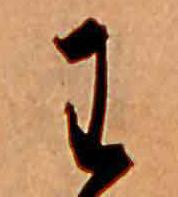
わ